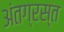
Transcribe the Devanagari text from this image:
अंतग्रस्त